Insane asylums in Bengal annual reports 1867-1875 - 1867-1875
Year: 1867
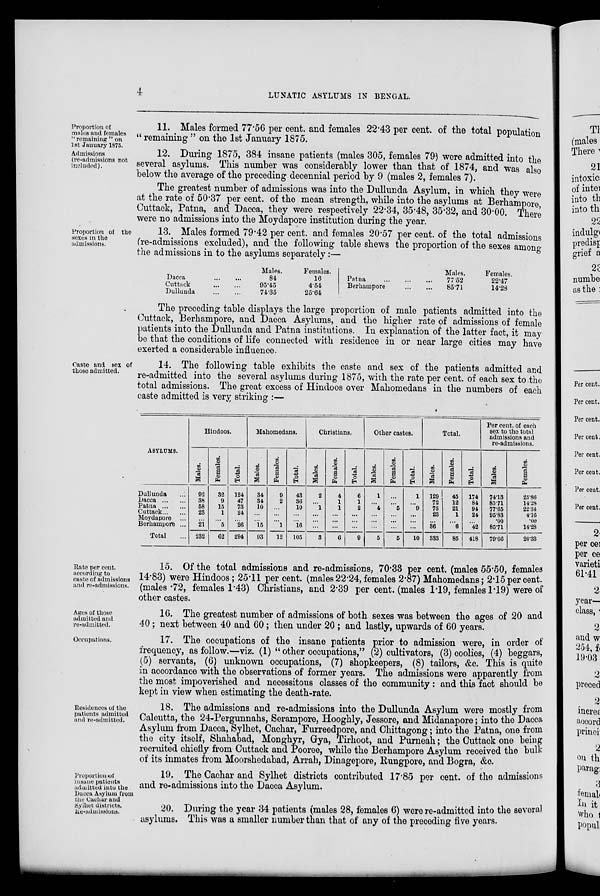
4
LUNATIC ASYLUMS IN BENGAL.
Proportion of
males and females
" remaining " on
1st January 1875.
11. Males formed 77.56 per cent. and females 22.43 per cent. of the total population
" remaining " on the 1st January 1875.
Admissions
(re-admissions not
included).
12. During 1875, 384 insane patients (males 305, females 79) were admitted into the
several asylums. This number was considerably lower than that of 1874, and was also
below the average of the preceding decennial period by 9 (males 2, females 7).
The greatest number of admissions was into the Dullunda Asylum, in which they were
at the rate of 50.37 per cent. of the mean strength, while into the asylums at Berhampore
Cuttack, Patna, and Dacca, they were respectively 22.34, 35.48, 35.32, and 30.00. There
were no admissions into the Moydapore institution during the year.
Proportion of the
sexes in the
admissions.
13. Males formed 79.42 per cent. and females 20.57 per cent. of the total admissions
(re-admissions excluded), and the following table shews the proportion of the sexes among
the admissions in to the asylums separately:—
Dacca ... ...
Cuttack ... ...
Dullunda ... ...
Males.
84
95.45
74.35
Females.
16
4.54
25.64
Patna ... ... ...
Berhampore ... ...
Males.
77.52
85.71
Females.
22.47
14.28
The preceding table displays the large proportion of male patients admitted into the
Cuttack, Berhampore, and Dacca Asylums, and the higher rate of admissions of female
patients into the Dullunda and Patna institutions. In explanation of the latter fact, it may
be that the conditions of life connected with residence in or near large cities may have
exerted a considerable influence.
Caste and sex of
those admitted.
14. The following table exhibits the caste and sex of the patients admitted and
re-admitted into the several asylums during 1875, with the rate per cent. of each sex to the
total admissions. The great excess of Hindoos over Mahomedans in the numbers of each
caste admitted is very striking :—
ASYLUMS.
Dullunda ...
Dacca ... ...
Patna ... ...
Cuttack ... ...
Moydapore ...
Berhampore ...
Total ...
Hindoos.
Males.
92
38
58
23
...
21
232
Females.
32
9
15
1
...
5
62
Total.
124
47
73
24
...
26
294
Mahomedans.
Males.
34
34
10
...
...
15
93
Females.
9
2
...
...
...
1
12
Total.
43
36
10
...
...
16
105
Christians.
Males.
2
...
1
...
...
...
3
Females.
4
1
1
...
...
...
6
Total.
6
1
2
...
...
...
9
Other castes.
Males.
1
...
4
...
...
...
5
Females.
...
...
5
...
...
...
5
Total.
1
...
9
...
...
...
10
Total.
Males.
129
72
73
23
...
36
333
Females.
45
12
21
1
...
6
85
Total.
174
84
94
24
...
42
418
Per cent. of each
sex to the total
admissions and
re-admissions.
Males.
74.13
85.71
77.65
95.83
.00
85.71
79.66
Females.
25.86
14.28
22.34
4.16
.00
14.28
20.33
Rate per cent.
according to
caste of admissions
and re-admissions.
15. Of the total admissions and re-admissions, 70.33 per cent. (males 55.50, females
14.83) were Hindoos; 25.11 per cent. (males 22.24, females 2.87) Mahomedans; 2.15 per cent.
(males .72, females 1.43) Christians, and 2.39 per cent. (males 1.19, females 1.19) were of
other castes.
Ages of those
admitted and
re-admitted.
16. The greatest number of admissions of both sexes was between the ages of 20 and
40 ; next between 40 and 60 ; then under 20 ; and lastly, upwards of 60 years.
Occupations.
17. The occupations of the insane patients prior to admission were, in order of
frequency, as follow.—viz. (1) " other occupations," (2) cultivators, (3) coolies, (4) beggars,
(5) servants, (6) unknown occupations, (7) shopkeepers, (8) tailors, &c. This is quite
in accordance with the observations of former years. The admissions were apparently from
the most impoverished and necessitous classes of the community : and this fact should be
kept in view when estimating the death-rate.
Residences of the
patients admitted
and re-admitted.
18. The admissions and re-admissions into the Dullunda Asylum were mostly from
Calcutta, the 24-Pergunnahs, Serampore, Hooghly, Jessore, and Midanapore; into the Dacca
Asylum from Dacca, Sylhet, Cachar, Furreedpore, and Chittagong; into the Patna, one from
the city itself, Shahabad, Monghyr, Gya, Tirhoot, and Purneah; the Cuttack one being
recruited chiefly from Cuttack and Pooree, while the Berhampore Asylum received the bulk
of its inmates from Moorshedabad, Arrah, Dinagepore, Rungpore, and Bogra, &c.
Proportion of
insane patients
admitted into the
Dacca Asylum from
the Cachar and
Sylhet districts.
Re-admssions.
19. The Cachar and Sylhet districts contributed 17.85 per cent. of the admissions
and re-admissions into the Dacca Asylum.
20. During the year 34 patients (males 28, females 6) were re-admitted into the several
asylums. This was a smaller number than that of any of the preceding five years.